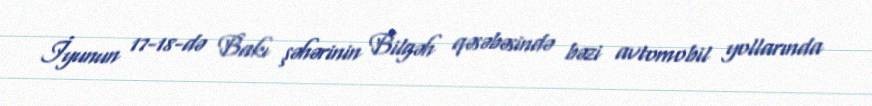
İyunun 17-18-də Bakı şəhərinin Bilgəh qəsəbəsində bəzi avtomobil yollarında